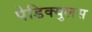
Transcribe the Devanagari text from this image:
पेडिक्युलस